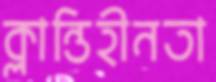
ক্লান্তিহীনতা